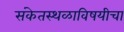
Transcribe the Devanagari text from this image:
संकेतस्थळाविषयीचा